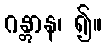
ဂန္တွာန၊ ၍။